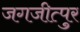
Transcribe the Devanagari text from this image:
जगजीत्पुर